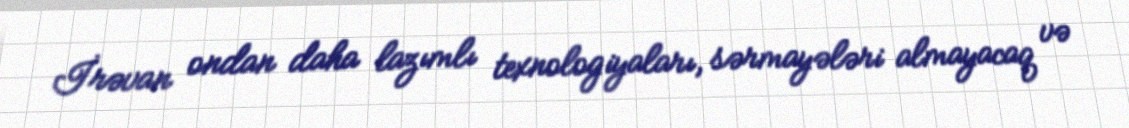
İrəvan ondan daha lazımlı texnologiyaları, sərmayələri almayacaq və